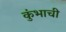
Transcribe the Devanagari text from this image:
कुंभाची